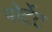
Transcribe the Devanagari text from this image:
पोर्टेट